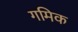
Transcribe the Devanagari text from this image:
गमिक